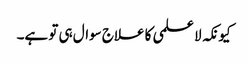
کیونکہ لا علمی کا علاج سوال ہی تو ہے۔